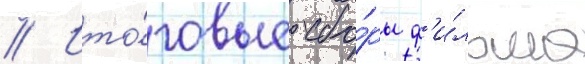
// Ито́говые сбо́ры ф'и́льма